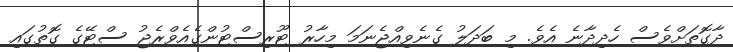
ދާގޮތަށްވެސް ހެދިދާނެ އެވެ. މި ބަދަލު ގެނެވިއްޖެނަމަ މިހާރު ޓޫރިސްޓުންގެއެވްރެޖު ސްޓޭގެ ގޮތުގައި